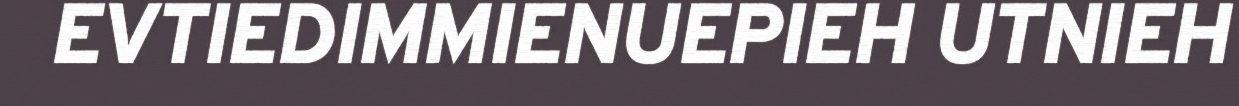
EVTIEDIMMIENUEPIEH UTNIEH